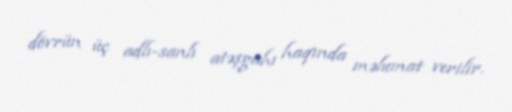
dövrün üç adlı-sanlı atəşgahı haqında məlumat verilir.